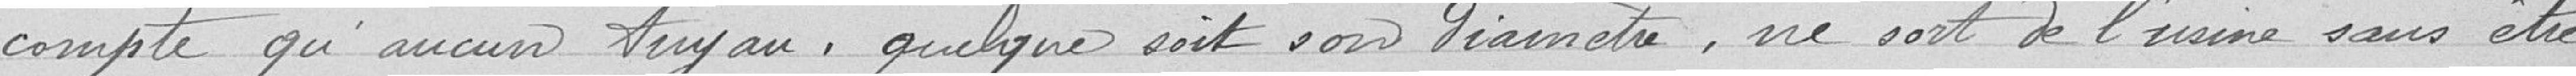
compte qu'aucun tuyau, quelque soit son diamètre, ne soit à l'usine sans être